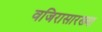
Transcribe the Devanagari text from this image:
वजिरासारख्या